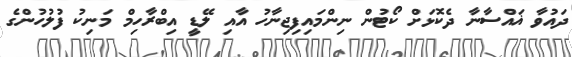
ދައުވާ ޣައްސާނާ ދެކޮޅަށް ކޯޓުން ނިންމައިފިޖިނާހު އާއި ލޭޑީ އިބްރާހިމް މަނިކު ފުލުހުންގެ